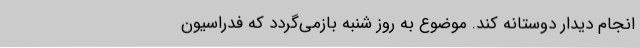
انجام دیدار دوستانه کند. موضوع به روز شنبه بازمی‌گردد که فدراسیون